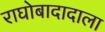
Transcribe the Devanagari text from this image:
राघोबादादाला